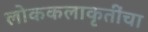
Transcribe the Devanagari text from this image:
लोककलाकृतींचा